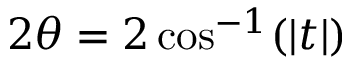
2 \theta = 2 \cos ^ { - 1 } ( | t | )